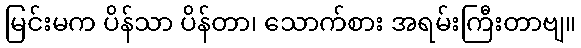
မြင်းမက ပိန်သာ ပိန်တာ၊ သောက်စား အရမ်းကြီးတာဗျ။